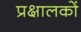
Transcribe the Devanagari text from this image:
प्रक्षालकों